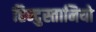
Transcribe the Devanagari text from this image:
हिन्दुस्तानियो